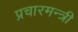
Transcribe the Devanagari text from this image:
प्रचारमन्त्री